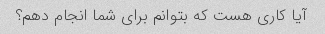
آیا کاری هست که بتوانم برای شما انجام دهم؟